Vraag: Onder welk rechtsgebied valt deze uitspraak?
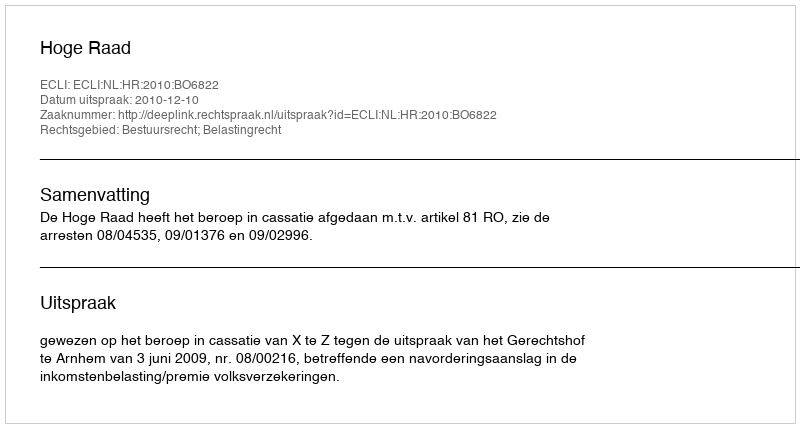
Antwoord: Bestuursrecht; Belastingrecht